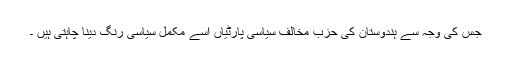
جس کی وجہ سے ہندوستان کی حزب مخالف سیاسی پارٹیاں اسے مکمل سیاسی رنگ دینا چاہتی ہیں ۔